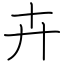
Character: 卉